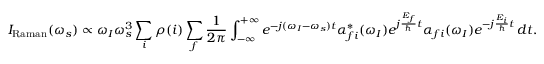
I _ { \mathrm { R a m a n } } ( \omega _ { s } ) \propto \omega _ { I } \omega _ { s } ^ { 3 } \sum _ { i } \rho ( i ) \sum _ { f } \frac { 1 } { 2 \pi } \int _ { - \infty } ^ { + \infty } e ^ { - j ( \omega _ { I } - \omega _ { s } ) t } \alpha _ { f i } ^ { * } ( \omega _ { I } ) e ^ { j \frac { E _ { f } } { \hbar } t } \alpha _ { f i } ( \omega _ { I } ) e ^ { - j \frac { E _ { i } } { \hbar } t } \, d t .